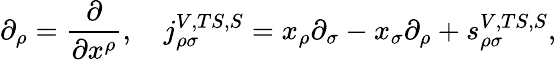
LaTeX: \partial_{\rho}=\frac\partial{\partial x^{\rho}},\quad j_{\rho\sigma}^{V,TS,S}=x_{\rho}\partial_{\sigma}-x_{\sigma}\partial_{\rho}+s_{\rho\sigma}^{V,TS,S},